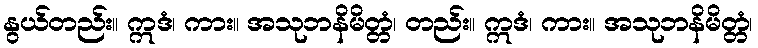
နွယ်တည်း။ ဣဒံ၊ ကား။ အသုဘနိမိတ္တံ၊ တည်း။ ဣဒံ၊ ကား။ အသုဘနိမိတ္တံ၊